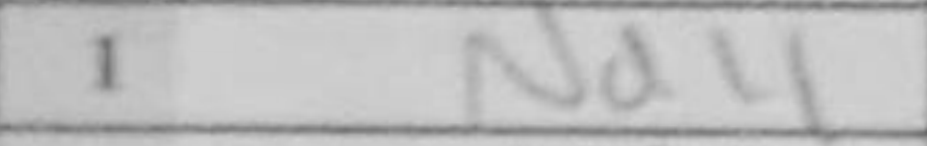
Transcription: Nd4